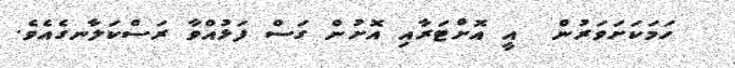
ހަމަކަށަވަރުން  އީ އޮށްޓަރާއި އޮށުން ގަސް ފަޅުއްވާ ރަސްކަލާނގެއެވެ.